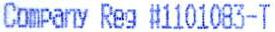
COMPANY REG #1101083-T